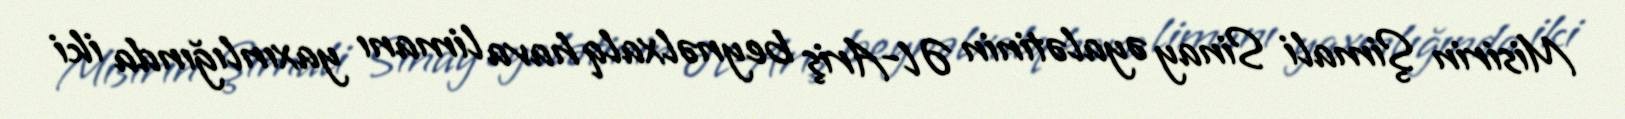
Misirin Şimali Sinay əyalətinin Əl-Ariş beynəlxalq hava limanı yaxınlığında iki